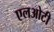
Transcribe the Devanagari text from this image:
एलओटी